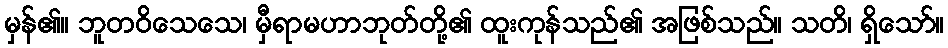
မှန်၏။ ဘူတဝိသေသေ၊ မှီရာမဟာဘုတ်တို့၏ ထူးကုန်သည်၏ အဖြစ်သည်။ သတိ၊ ရှိသော်။